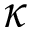
\kappa